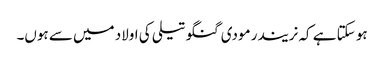
ہو سکتا ہے کہ نریندر مودی گنگو تیلی کی اولاد میں سے ہوں۔